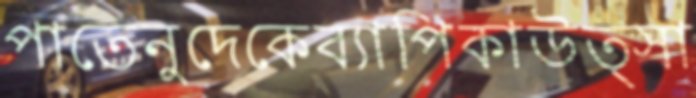
পাতেনুদেকেব্যাপিকাউত্সা